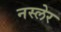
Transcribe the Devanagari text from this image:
नस्लेर